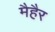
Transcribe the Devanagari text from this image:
मैहैर